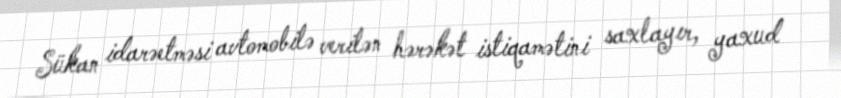
Sükan idarəetməsi avtomobilə verilən hərəkət istiqamətini saxlayır, yaxud